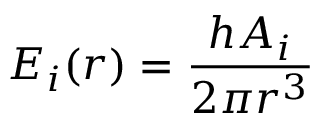
E _ { i } ( r ) = \frac { h A _ { i } } { 2 \pi r ^ { 3 } }